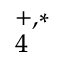
_ 4 ^ { + , * }